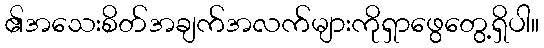
၏အသေးစိတ်အချက်အလက်များကိုရှာဖွေတွေ့ရှိပါ။